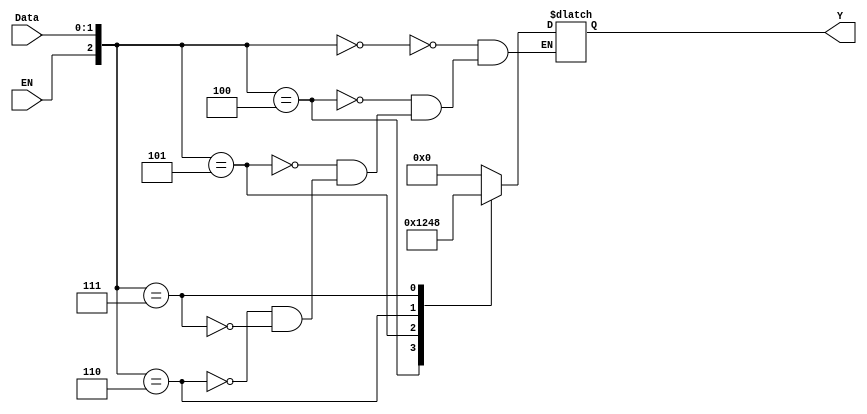
`timescale 1ns / 1ps
//////////////////////////////////////////////////////////////////////////////////
// Company: 
// Engineer: 
// 
// Design Name: 
// Module Name:    decoder2_4 
// Project Name: 
// Target Devices: 
// Tool versions: 
// Description: 
//
// Dependencies: 
//
// Revision: 
// Revision 0.01 - File Created
// Additional Comments: 
//
//////////////////////////////////////////////////////////////////////////////////
module decoder2_4(
    input [1:0] Data,
    input EN,
    output reg [3:0] Y
    );
	 
	 always@(*)begin
		case({EN,Data})
			3'b000 : Y = 4'b0000;
			3'b100 : Y = 4'b0001;
			3'b101 : Y = 4'b0010;
			3'b110 : Y = 4'b0100;
			3'b111 : Y = 4'b1000;
		endcase
	 end


endmodule